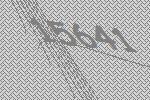
15641